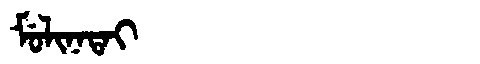
Manchu: ᠮᡠᠯᡳᠨᠠᡨᠠᡳ
Romanization: MULINATAI